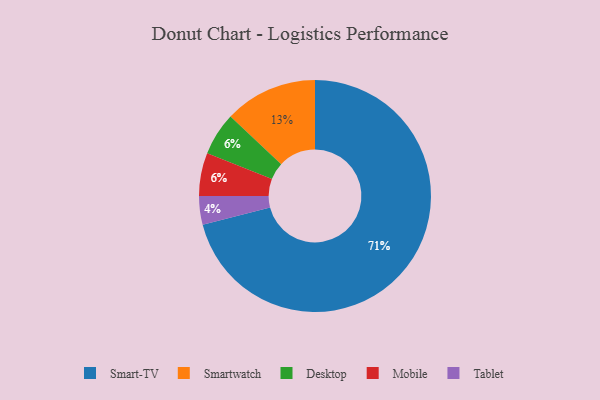
{"axis": {"x": "Category", "y": "Percentage"}, "legend": ["Desktop", "Mobile", "Smart-TV", "Smartwatch", "Tablet"], "data": [{"x": "Tablet", "y": 4, "type": "Tablet"}, {"x": "Smartwatch", "y": 13, "type": "Smartwatch"}, {"x": "Smart-TV", "y": 71, "type": "Smart-TV"}, {"x": "Desktop", "y": 6, "type": "Desktop"}, {"x": "Mobile", "y": 6, "type": "Mobile"}]}